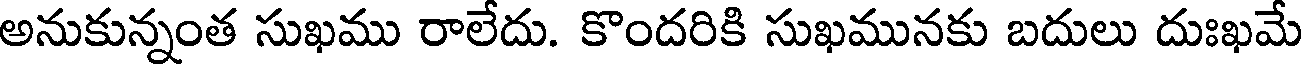
అనుకున్నంత సుఖము రాలేదు. కొందరికి సుఖమునకు బదులు దుఃఖమే